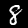
Digit: 8